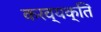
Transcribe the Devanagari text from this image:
करव्यक्ति